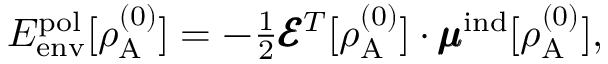
\begin{array} { r } { E _ { \mathrm { e n v } } ^ { \mathrm { p o l } } [ \rho _ { \mathrm { A } } ^ { ( 0 ) } ] = - \frac { 1 } { 2 } \pmb { \mathcal { E } } ^ { T } [ \rho _ { \mathrm { A } } ^ { ( 0 ) } ] \cdot \pmb { \mathcal { \mu } } ^ { \mathrm { i n d } } [ \rho _ { \mathrm { A } } ^ { ( 0 ) } ] , } \end{array}